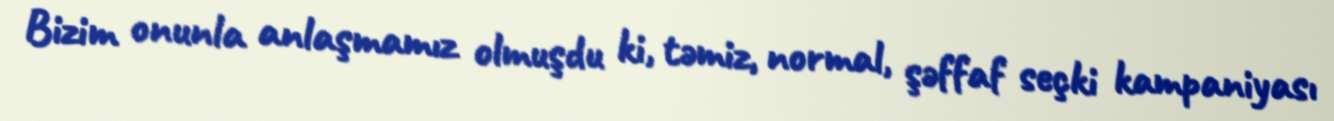
Bizim onunla anlaşmamız olmuşdu ki, təmiz, normal, şəffaf seçki kampaniyası